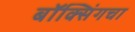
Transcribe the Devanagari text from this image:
बॉक्सिंगचा